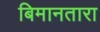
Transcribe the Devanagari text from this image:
बिमानतारा